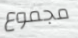
مجموع